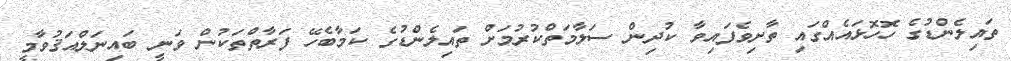
ތައިލެންޑުގެ ހޮހޮޅައެއްގައި ތާށިވެފައިވާ ކުދިން ސަލާމަތްކުރުމަށް ތައިލެންޑުގެ ކަމާބެހޭ ފަރާތްތަކުން ވަނީ ބައިނަލްއަޤުވާމީ